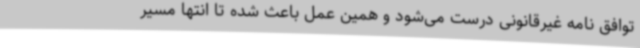
توافق نامه غیرقانونی درست می‌شود و همین عمل باعث شده تا انتها مسیر